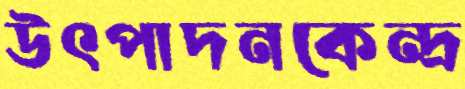
উৎপাদনকেন্দ্র